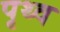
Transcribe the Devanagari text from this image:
पृथ्व